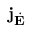
\mathbf { j } _ { \dot { \mathbf { E } } }